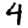
Digit: 4